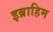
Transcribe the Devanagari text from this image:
इब्राहिम